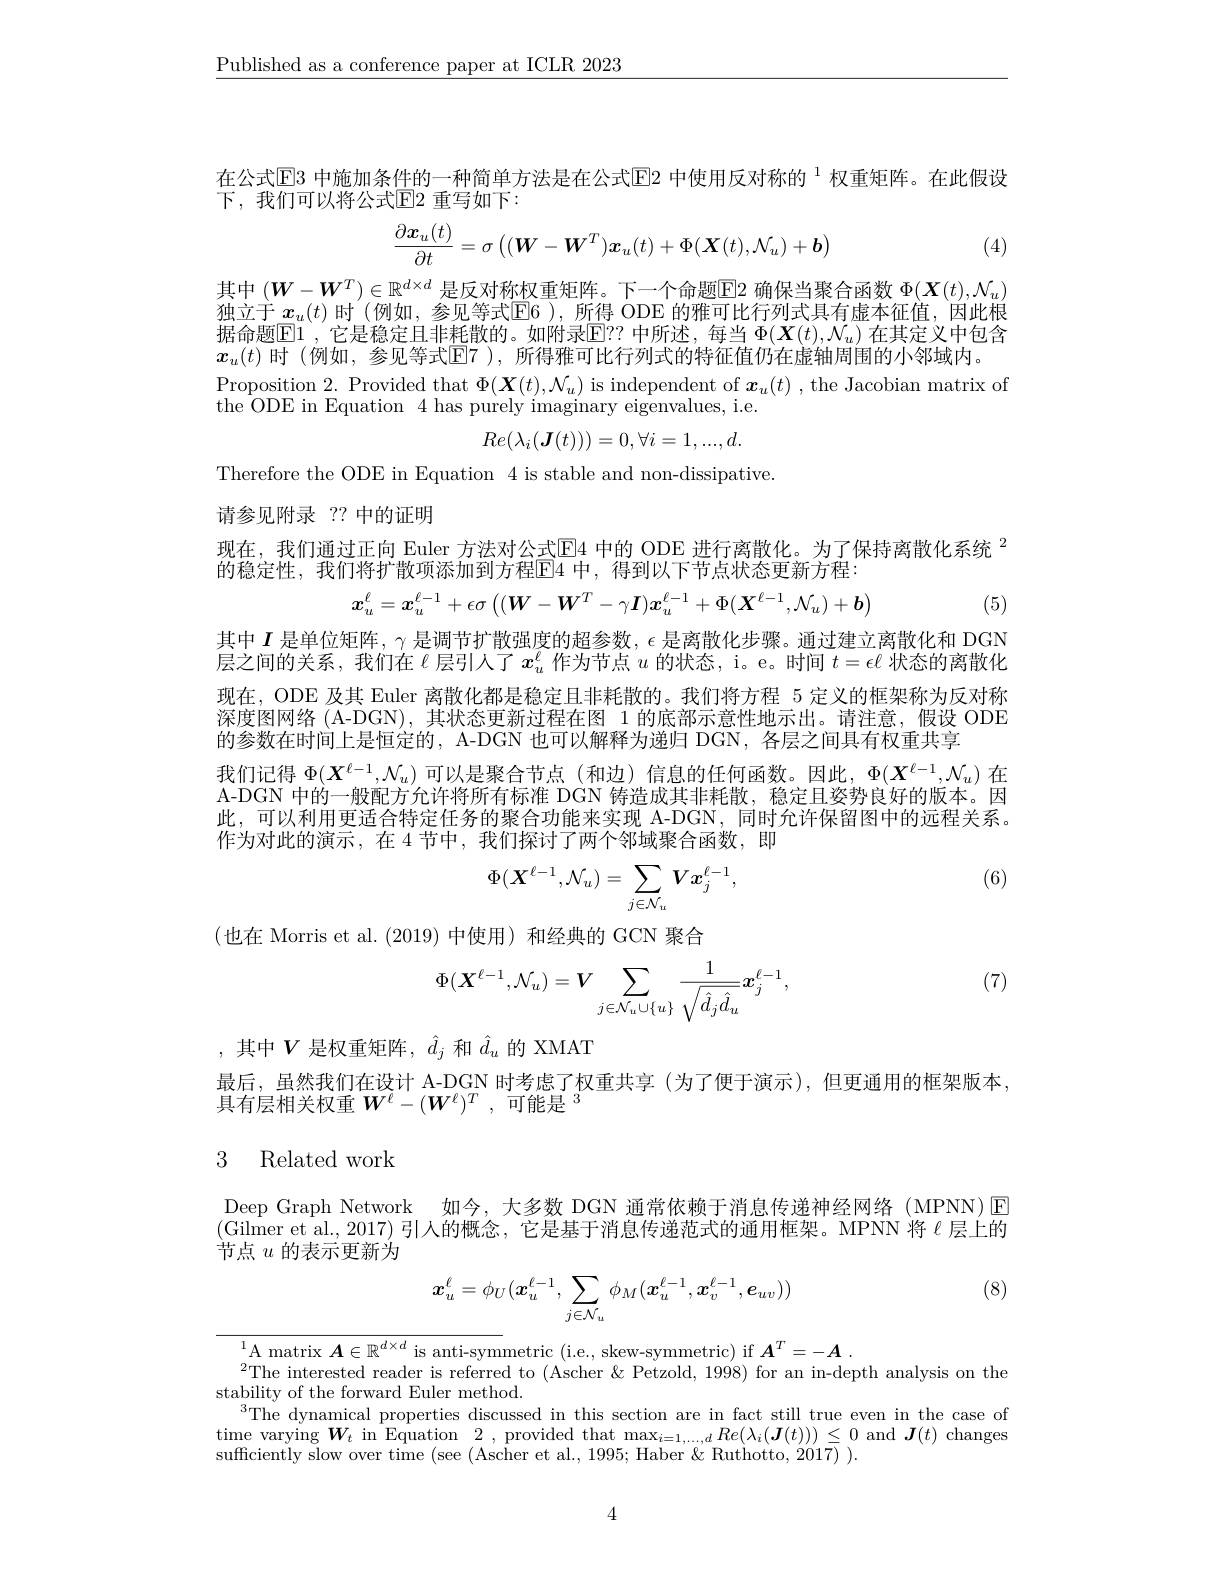
$\underline{\text{Published as a conference paper at ICLR 2023}}$

在公式$\mathbb{E}$3 中施加条件的一种简单方法是在公式$\overline{\mathrm{E}}$2 中使用反对称的 $^{1}$ 权重矩阵。在此假设
下，我们可以将公式$\mathbb{E}$2 重写如下：
$$\frac{\partial\boldsymbol{x}_u(t)}{\partial t}=\sigma\left((\boldsymbol{W}-\boldsymbol{W}^T)\boldsymbol{x}_u(t)+\Phi(\boldsymbol{X}(t),\mathcal{N}_u)+\boldsymbol{b}\right)$$
(4)

其中$(W-W^T)\in\mathbb{R}^{d\times d}$是反对称权重矩阵。下一个命题$\overline{\mathrm{E}}2$确保当聚合函数$\Phi(\boldsymbol{X}(t),\mathcal{N}_u)$ 独立于 $x_u(t)$ 时 (例如，参见等式$\mathbb{E}6)$, 所得 ODE 的雅可比行列式具有虚本征值，因此根据命题$\mathbb{E}1$,它是稳定且非耗散的。如附录$\mathbb{E}?$ 中所述，每当 $\Phi(\boldsymbol{X}(t),\mathcal{N}_u)$ 在其定义中包含$x_u(t)$ 时 (例如，参见等式E7 ),所得雅可比行列式的特征值仍在虚轴周围的小邻域内。
Proposition 2. Provided that $\Phi(\boldsymbol{X}(t),\mathcal{N}_u)$ is independent of $\boldsymbol x_u(t)$ ,the Jacobian matrix of
the $\dot{\text{ODE in Equation }} 4$ has purely imaginary eigenvalues, i.e.
$$Re(\lambda_i(\boldsymbol{J}(t)))=0,\forall i=1,...,d.$$
Therefore the ODE in Equation 4 is stable and non-dissipative.

请参见附录 ?? 中的证明

现在，我们通过正向 Euler 方法对公式$\mathbb{E}$4 中的 ODE 进行离散化。为了保持离散化系统 $^{2}$
的稳定性，我们将扩散项添加到方程E4 中，得到以下节点状态更新方程：
$$x_{u}^{\ell}=x_{u}^{\ell-1}+\epsilon\sigma\left((\boldsymbol{W}-\boldsymbol{W}^{T}-\gamma\boldsymbol{I})\boldsymbol{x}_{u}^{\ell-1}+\Phi(\boldsymbol{X}^{\ell-1},\mathcal{N}_{u})+\boldsymbol{b}\right)$$
(5)

其中$I$是单位矩阵，$\gamma$是调节扩散强度的超参数$,\epsilon$是离散化步骤。通过建立离散化和 DGN 层之间的关系，我们在$\ell$层引人了$x_u^\ell$作为节点$u$的状态，i。e。时间$t=\epsilon\ell$状态的离散化现在，ODE 及其 Euler 离散化都是稳定且非耗散的。我们将方程 5 定义的框架称为反对称深度图网络 (A-DGN),其状态更新过程在图 1 的底部示意性地示出。请注意，假设 ODE 的参数在时间上是恒定的，A-DGN 也可以解释为递归 DGN, 各层之间具有权重共享
我们记得$\Phi(\boldsymbol X^{\ell-1},\mathcal{N}_u)$可以是聚合节点 (和边)信息的任何函数。因此，$\Phi(\boldsymbol X^{\ell-1},\mathcal{N}_u)$在A-DGN 中的一般配方允许将所有标准 DGN 铸造成其非耗散，稳定且姿势良好的版本。因此，可以利用更适合特定任务的聚合功能来实现 A-DGN, 同时允许保留图中的远程关系。作为对此的演示，在 4节中，我们探讨了两个邻域聚合函数，即

(6)
$$\Phi(\boldsymbol{X}^{\ell-1},\mathcal{N}_{u})=\sum_{j\in\mathcal{N}_{u}}\boldsymbol{V}\boldsymbol{x}_{j}^{\ell-1},$$
(也在 Morris et al.(2019)中使用)和经典的 GCN 聚合
$$\Phi(\boldsymbol{X}^{\ell-1},\mathcal{N}_u)=\boldsymbol{V}\sum_{j\in\mathcal{N}_u\cup\{u\}}\frac{1}{\sqrt{\hat{d}_j\hat{d}_u}}\boldsymbol{x}_j^{\ell-1},$$
(7)

,其中$V$是权重矩阵，$\hat{d}_j$和$\hat{d}_u$的 XMAT
最后，虽然我们在设计 A-DGN 时考虑了权重共享 (为了便于演示), 但更通用的框架版本，
具有层相关权重$W^\ell-(\boldsymbol{W}^\ell)^T$,可能是$^3$

### 3 Related work

Deep Graph Network 如今，大多数 DGN 通常依赖于消息传递神经网络 (MPNN) E (Gilmer et al., 2017)引人的概念，它是基于消息传递范式的通用框架。MPNN 将$\ell$层上的节点$u$的表示更新为

(8)
$$\boldsymbol{x}_u^\ell=\phi_U(\boldsymbol{x}_u^{\ell-1},\sum_{j\in\mathcal{N}_u}\phi_M(\boldsymbol{x}_u^{\ell-1},\boldsymbol{x}_v^{\ell-1},\boldsymbol{e}_{uv}))$$
$\overline{\mathrm{A~matrix~}\boldsymbol{A}\in\mathbb{R}^{d\times d}\text{ is anti-sym}}$metric( i. e. , skew- symmetric) if $\boldsymbol{A}^T= - \boldsymbol{A}$
$^{2}$The interested reader is referred to (Ascher &Petzold, 1998) for an in-depth analysis on the
stability of the forward Euler method.
$^{3}$The dynamical properties discussed in this section are in fact still true even in the case of $\begin{array}{cc}{\mathrm{time~varying~}\boldsymbol{W}_{t}}&{\mathrm{in~}}&{\mathrm{Equation~}}&{2},&{\mathrm{provided~that~max}}_{i=1,\ldots,d}&{Re(\lambda_{i}(\boldsymbol{J}(t)))}\leq0&{\mathrm{and~}}&{\boldsymbol{J}(t)}\end{array}$ suffciently slow over time (see (Ascher et al., 1995; Haber &Ruthotto, 2017) )

4